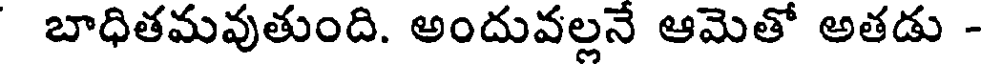
బాధితమవుతుంది. అందువల్లనే ఆమెతో అతడు -